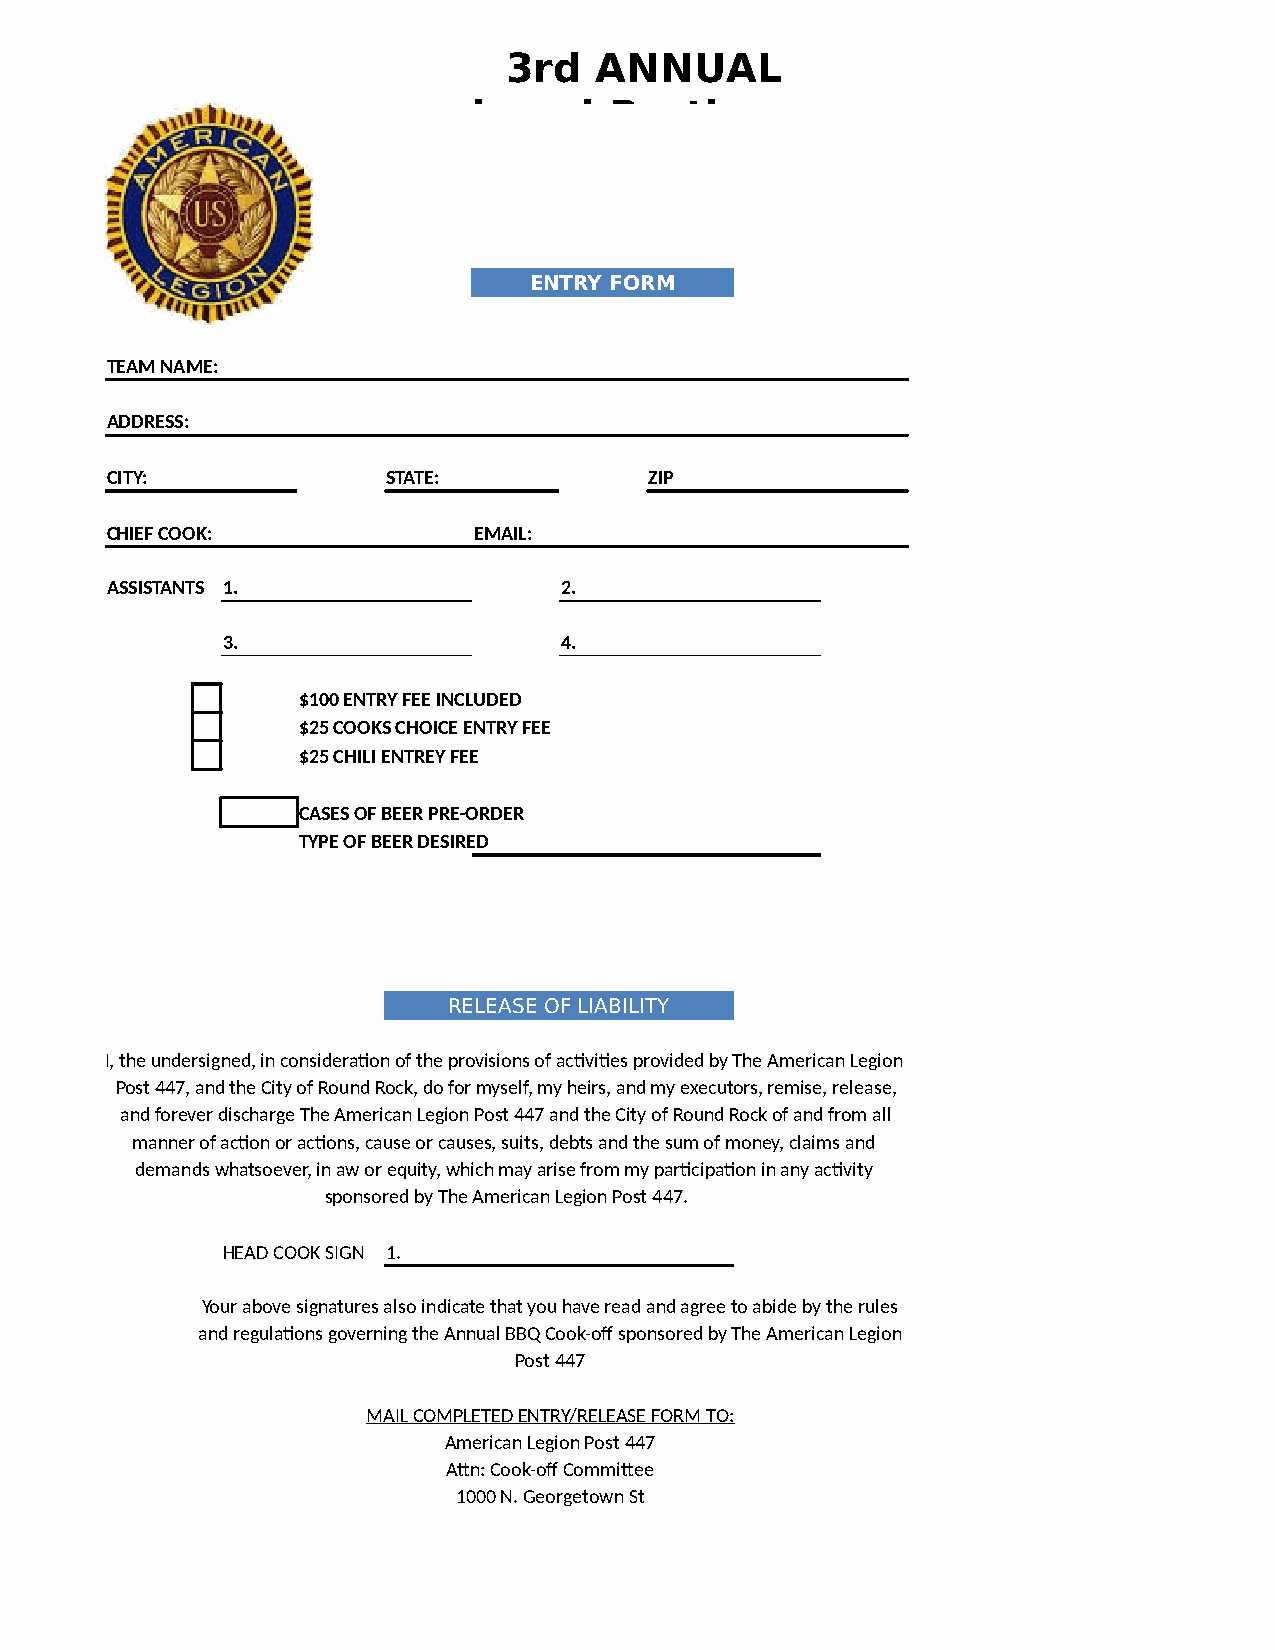
3rd  ANNUAL
 domel     Brothers
 winter     COOK-OFF
 February      8th   - 9th,   2019
 ENTRY FORM
 TEAM NAME:
 ADDRESS:
 CITY:              STATE:           ZIP
 CHIEF COOK:             EMAIL:
 ASSISTANTS 1.                 2.
 3.                    4.
 $100 ENTRY FEE INCLUDED
 $25 COOKS CHOICE ENTRY FEE
 $25 CHILI ENTREY FEE
 CASES OF BEER PRE-ORDER
 TYPE OF BEER DESIRED
 RELEASE OF LIABILITY
 I, the undersigned, in consideration of the provisions of activities provided by The American Legion
 Post 447, and the City of Round Rock, do for myself, my heirs, and my executors, remise, release,
 and forever discharge The American Legion Post 447 and the City of Round Rock of and from all
 manner of action or actions, cause or causes, suits, debts and the sum of money, claims and
 demands whatsoever, in aw or equity, which may arise from my participation in any activity
 sponsored by The American Legion Post 447.
 HEAD COOK SIGN 1.
 Your above signatures also indicate that you have read and agree to abide by the rules
 and regulations governing the Annual BBQ Cook-off sponsored by The American Legion
 Post 447
 MAIL COMPLETED ENTRY/RELEASE FORM TO:
 American Legion Post 447
 Attn: Cook-off Committee
 1000 N. Georgetown St